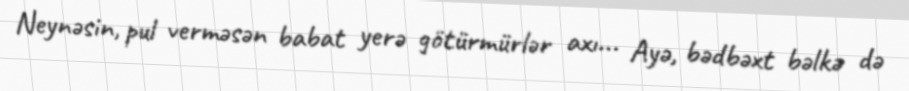
Neynəsin, pul verməsən babat yerə götürmürlər axı... Ayə, bədbəxt bəlkə də